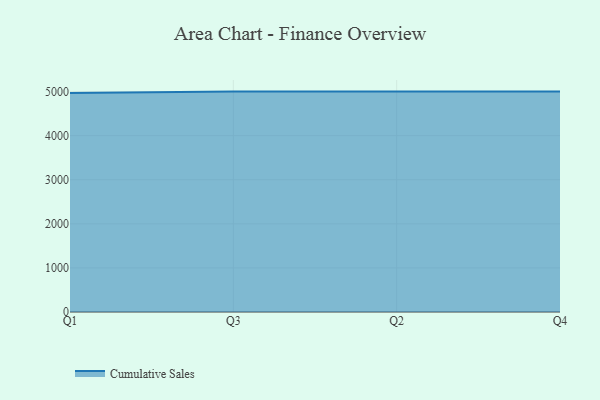
{"axis": {"x": "Quarter", "y": "Customer Acquisition Cost (USD)"}, "legend": ["Cumulative Sales"], "data": [{"x": "Q1", "y": 4965.9, "type": "Cumulative Sales"}, {"x": "Q3", "y": 5000, "type": "Cumulative Sales"}, {"x": "Q2", "y": 5000, "type": "Cumulative Sales"}, {"x": "Q4", "y": 5000, "type": "Cumulative Sales"}]}